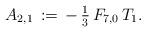
LaTeX: \begin{align*}A_{2,1}\,:=\,-\,\tfrac{1}{3}\,F_{7,0}\,T_1.\end{align*}